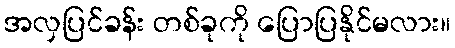
အလှပြင်ခန်း တစ်ခုကို ပြောပြနိုင်မလား။